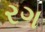
રગ